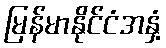
မြန်မာနိုင်ငံအနှံ့